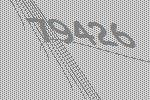
79426